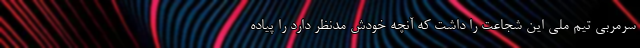
سرمربی تیم ملی این شجاعت را داشت که آنچه خودش مدنظر دارد را پیاده